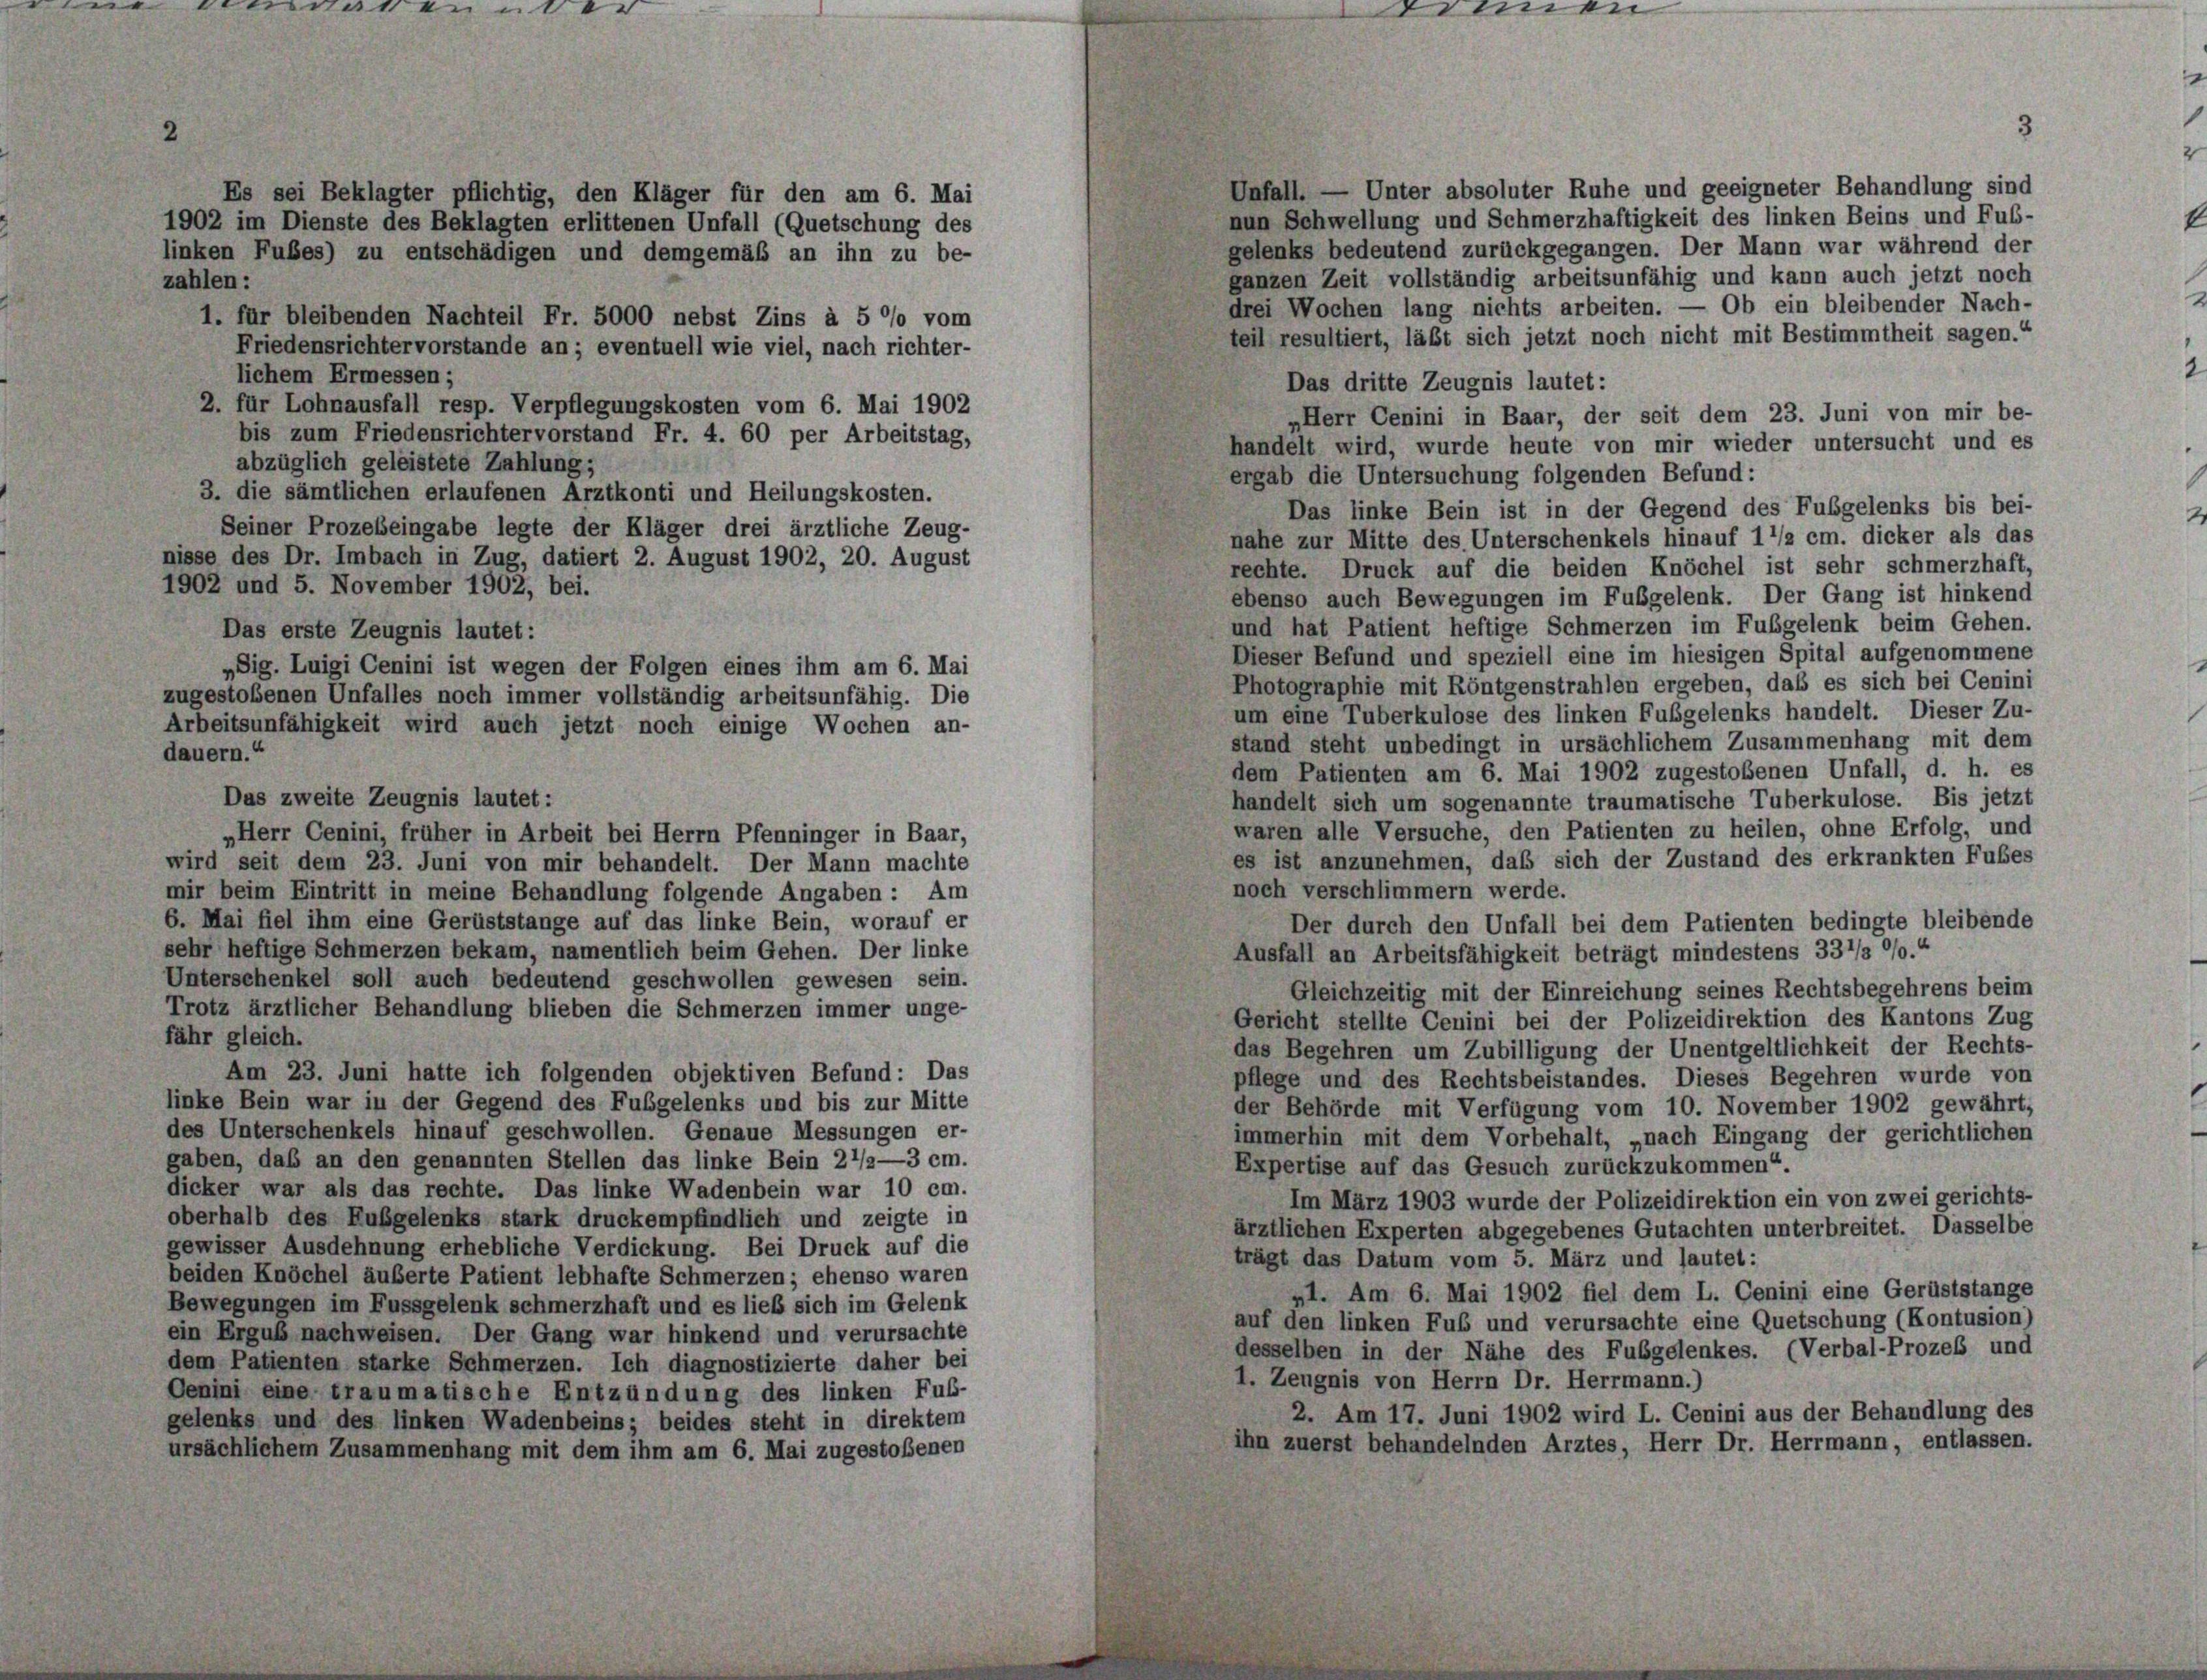
Unfall. — Unter absoluter Ruhe und geeigneter Behandlung sind
Es sei Beklagter pflichtig, den Kläger für den am 6. Mai
nun Schwellung und Schmerzhaftigkeit des linken Beins und Fub-
1902 im Dienste des Beklagten erlittenen Unfall (Quetschung des
gelenks bedeutend zurückgegangen. Der Mann war während der
linken Fußes) zu entschädigen und demgemäß an ihn zu be-
ganzen Zeit vollständig arbeitsunfähig und kann auch jetzt noch
zahlen:
drei Wochen lang nichts arbeiten. — Ob ein bleibender Nach-
1. für bleibenden Nachteil Fr. 5000 nebst Zins à 5 % vom
teil resultiert, läßt sich jetzt noch nicht mit Bestimmtheit sagen.
Friedensrichter vorstande an ; eventuell wie viel, nach richter-
lichem Ermessen;
Das dritte Zeugnis lautet:
2. für Lohnausfall resp. Verpflegungskosten vom 6. Mai 1902
„Herr Cenini in Baar, der seit dem 23. Juni von mir be-
bis zum Friedensrichtervorstand Fr. 4. 60 per Arbeitstag,
handelt wird, wurde heute von mir wieder untersucht und es
abzüglich geleistete Zahlung;
ergab die Untersuchung folgenden Befund:
3. die sämtlichen erlaufenen Arztkonti und Heilungskosten.
Das linke Bein ist in der Gegend des Fubgelenks bis bei
Seiner Prozebeingabe legte der Kläger drei ärztliche Zeug-
nahe zur Mitte des. Unterschenkels hinauf 1 1/2 cm. dicker als das
nisse des Dr. Imbach in Zug, datiert 2. August 1902, 20. August
rechte. Druck auf die beiden Knöchel ist sehr schmerzhaft
1902 und 5. November 1902, bei.
ebenso auch Bewegungen im Fußgelenk. Der Gang ist hinken,
und hat Patient heftige Schmerzen im Fußgelenk beim Geher
Das erste Zeugnis lautet:
Dieser Befund und speziell eine im hiesigen Spital aufgenommen
„Sig. Luigi Cenini ist wegen der Folgen eines ihm am 6. Mai
Photographie mit Röntgenstrahlen ergeben, daß es sich bei Cenir
zugestoßenen Unfalles noch immer vollständig arbeitsunfähig. Die
um eine Tuberkulose des linken Fußgelenks handelt. Dieser Zu-
Arbeitsunfähigkeit wird auch jetzt noch einige Wochen an-
stand steht unbedingt in ursächlichem Zusammenhang mit der
dauern.“
dem Patienten am 6. Mai 1902 zugestoßenen Unfall, d. h. ei
Das zweite Zeugnis lautet:
handelt sich um sogenannte traumatische Tuberkulose. Bis jetz
waren alle Versuche, den Patienten zu heilen, ohne Erfolg, und
Herr Cenini, früher in Arbeit bei Herrn Pfenninger in Baar,
es ist anzunehmen, daß sich der Zustand des erkrankten Fuße
wird seit dem 23. Juni von mir behandelt. Der Mann machte
noch verschlimmern werde.
mir beim Eintritt in meine Behandlung folgende Angaben: Am
6. Mai fiel ihm eine Gerüststange auf das linke Bein, worauf er
Der durch den Unfall bei dem Patienten bedingte bleibende
sehr heftige Schmerzen bekam, namentlich beim Gehen. Der linke
Ausfall an Arbeitsfähigkeit beträgt mindestens 331/3 °/o.
Unterschenkel soll auch bedeutend geschwollen gewesen sein.
Gleichzeitig mit der Einreichung seines Rechtsbegehrens beid
Trotz ärztlicher Behandlung blieben die Schmerzen immer unge-
Gericht stellte Cenini bei der Polizeidirektion des Kantons Zug
fähr gleich.
das Begehren um Zubilligung der Unentgeltlichkeit der Rechts
Am 23. Juni hatte ich folgenden objektiven Befund: Das
pflege und des Rechtsbeistandes. Dieses Begehren wurde vor
linke Bein war in der Gegend des Fußgelenks und bis zur Mitte
der Behörde mit Verfügung vom 10. November 1902 gewährt
des Unterschenkels hinauf geschwollen. Genaue Messungen er-
immerhin mit dem Vorbehalt, „nach Eingang der gerichtliche
gaben, daß an den genannten Stellen das linke Bein 21/2—3 cm.
Expertise auf das Gesuch zurückzukommen“.
dicker war als das rechte. Das linke Wadenbein war 10 cm.
Im März 1903 wurde der Polizeidirektion ein von zwei gerichts
oberhalb des Fußgelenks stark druckempfindlich und zeigte in
ärztlichen Experten abgegebenes Gutachten unterbreitet. Dasselb
gewisser Ausdehnung erhebliche Verdickung. Bei Druck auf die
trägt das Datum vom 5. März und lautet:
beiden Knöchel äußerte Patient lebhafte Schmerzen; ebenso waren
»1. Am 6. Mai 1902 fiel dem L. Cenini eine Gerüststang
Bewegungen im Fussgelenk schmerzhaft und es lieb sich im Gelenk
auf den linken Fuß und verursachte eine Quetschung (Kontusion
ein Ergub nachweisen. Der Gang war hinkend und verursachte
desselben in der Nähe des Fubgelenkes. (Verbal-Prozeß und
dem Patienten starke Schmerzen. Ich diagnostizierte daher bei
1. Zeugnis von Herrn Dr. Herrmann.)
Oenini eine traumatische Entzündung des linken Fuß-
2. Am 17. Juni 1902 wird L. Cenini aus der Behandlung de
gelenks und des linken Wadenbeins; beides steht in direktem
ihn zuerst behandelnden Arztes, Herr Dr. Herrmann, entlasser
ursächlichem Zusammenhang mit dem ihm am 6. Mai zugestoßenen

rinnen